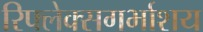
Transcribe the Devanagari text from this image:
रिफ्लेक्सगर्भाशय